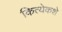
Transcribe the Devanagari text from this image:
कित्येकशे